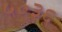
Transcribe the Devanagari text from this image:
५०३६